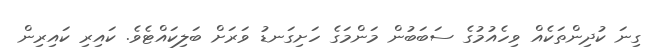
ގިނަ ކުދިންތަކެއް ވިހެއުމުގެ ސަބަބުން މަންމަގެ ހަށިގަނޑު ވަރަށް ބަލިކައްޓެވެ. ކައިރި ކައިރިން